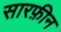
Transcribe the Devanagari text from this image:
सारफ़ीन